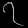
Digit: ၇